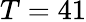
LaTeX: T=41